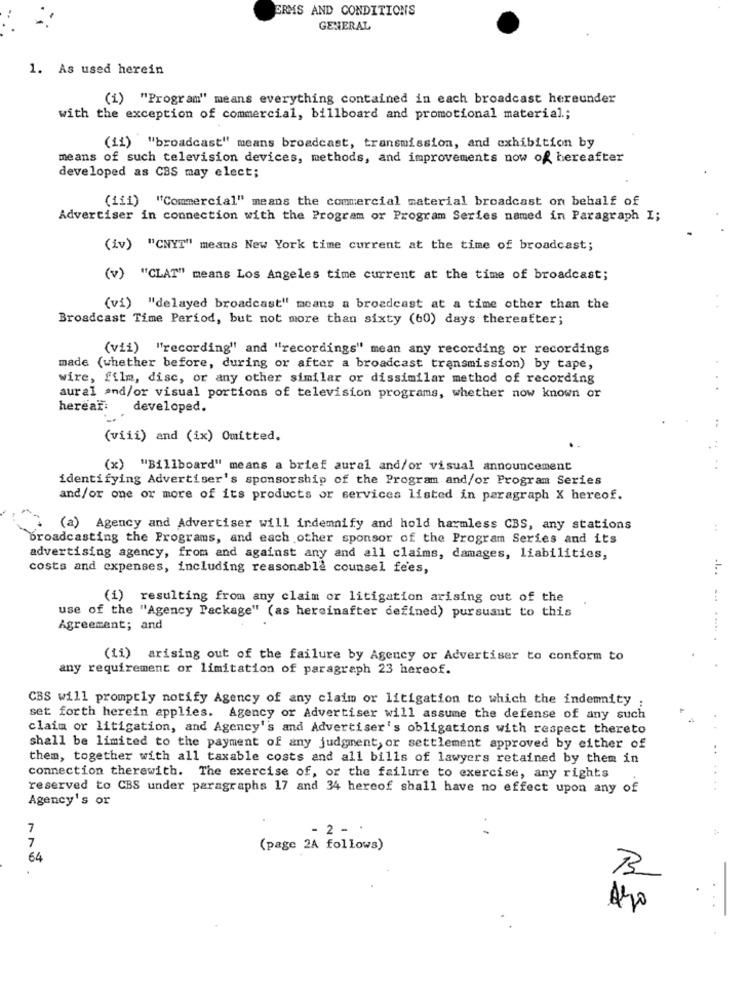
ERMS AND CONDITIONS
GENERAL
1. As used herein
)"Program" means everything contained in each broadcast hereunder
with the exception of commercial, billboard and promotional material .;
(ii) "broadcast" means broadcast, transmission, and exhibition by
means of such television devices, methods, and improvements now of hereafter
developed as CBS may elect;
(iii) "Commercial" means the commercial material broadcast on behalf of
Advertiser in connection with the Program or Program Series named in Paragraph I;
(iv) "CNYT" means New York time current at the time of broadcast;
(v) "CLAT" means Los Angeles time current at the time of broadcast;
(vi) "delayed broadcast" means a broadcast at a time other than the
Broadcast Time Period, but not more than sixty (60) days thereafter;
(vii) "recording" and "recordings" mean any recording or recordings
made (whether before, during or after a broadcast transmission) by tape,
wire, film, disc, or any other similar or dissimilar method of recording
aural and/or visual portions of television programs, whether now known or
hereat: developed.
(viii) and (ix) Omitted.
.4
(x) "Billboard" means a brief aural and/or visual announcement
identifying Advertiser's sponsorship of the Program and/or Program Series
and/or one or more of its products or services listed in paragraph X hereof.
(a) Agency and Advertiser will indemnify and hold harmless CBS, any stations
:
Broadcasting the Programs, and each other sponsor of the Program Series and its
advertising agency, from and against any and all claims, damages, liabilities,
costs and expenses, including reasonable counsel fees,
.1.
(1) resulting from any claim or litigation arising out of the
...
use of the "Agency Package" (as hereinafter defined) pursuant to this
Agreement; and
(ii) arising out of the failure by Agency or Advertiser to conform to
any requirement or limitation of paragraph 23 hereof.
CBS will promptly notify Agency of any claim or litigation to which the indemnity
set forth herein applies. Agency or Advertiser will assume the defense of any such
claim or litigation, and Agency''s and Advertiser's obligations with respect thereto
shall be limited to the payment of any judgment, or settlement approved by either of
them, together with all taxable costs and all bills of lawyers retained by them in
connection therewith. The exercise of, or the failure to exercise, any rights
reserved to CBS under paragraphs 17 and 34 hereof shall have no effect upon any of
Agency's or
7
- 2 - *
7
(page 2A follows)
64
3
..